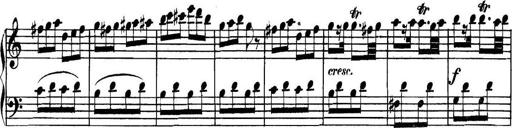
Title: Collected Piano Sonatas
Composer: Muzio Clementi